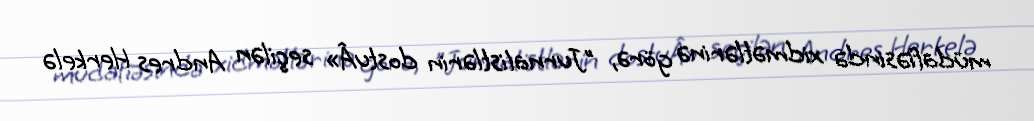
müdafiəsində xidmətlərinə görə, "Jurnalistlərin dostuÂ» seçilən Andres Herkelə